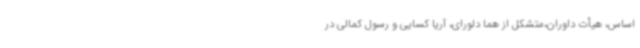
اساس، هیأت داوران،متشکل از هما دلورای، آریا کسایی و رسول کمالی در